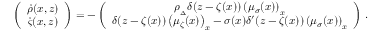
\left( \begin{array} { c } { \bigskip \dot { \rho } ( x , z ) } \\ { \dot { \varsigma } ( x , z ) } \end{array} \right) = - \left( \begin{array} { c } { \medskip \rho _ { { } _ { \Delta } } \delta ( z - \zeta ( x ) ) \left( \mu _ { { \sigma } } ( x ) \right) _ { x } } \\ { \delta ( z - \zeta ( x ) ) \left( \mu _ { \zeta } ( x ) \right) _ { x } - { \sigma } ( x ) \delta ^ { \prime } ( z - \zeta ( x ) ) \left( \mu _ { { \sigma } } ( x ) \right) _ { x } } \end{array} \right) \, .